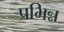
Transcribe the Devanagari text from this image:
प्रभिन्न